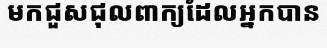
មកជួសជុលពាក្យដែលអ្នកបាន